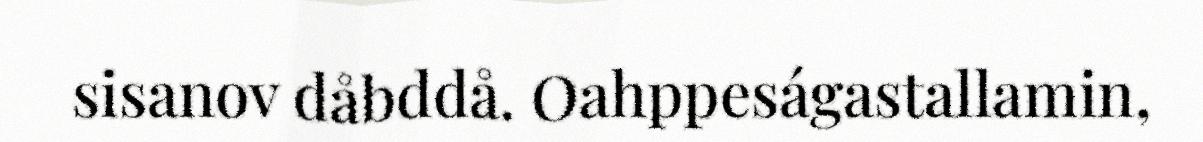
sisanov dåbddå. Oahppeságastallamin,